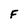
Character: F